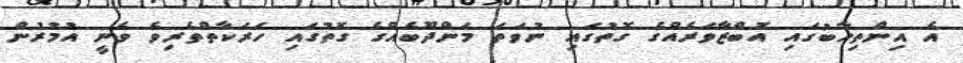
އެ އިންތިހާބުގައި އޮބްޒާވަރެއްގެ ގޮތުގައި ނުވަތަ މަންދޫބެއްގެ ގޮތުގައި ހަރަކާތްތެރިވެ ވެނީ އުމުރުން